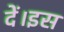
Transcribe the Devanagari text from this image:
दें।इस